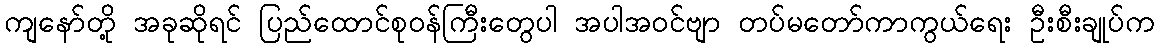
ကျနော်တို့ အခုဆိုရင် ပြည်ထောင်စုဝန်ကြီးတွေပါ အပါအဝင်ဗျာ တပ်မတော်ကာကွယ်ရေး ဦးစီးချုပ်က